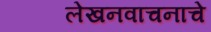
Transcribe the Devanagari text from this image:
लेखनवाचनाचे